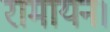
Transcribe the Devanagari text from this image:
रामायन।